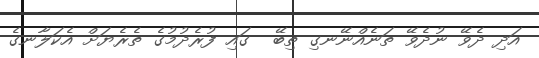
އަދި ދެވޭ ނުދެވޭ ތަނެއްނޭނގި ތިބޭ  ގައި ފުރެދުމުގެ ތެރެޔަށް އެކަލާނގެ